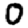
Digit: 0